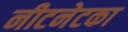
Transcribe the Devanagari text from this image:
नीटनेटका